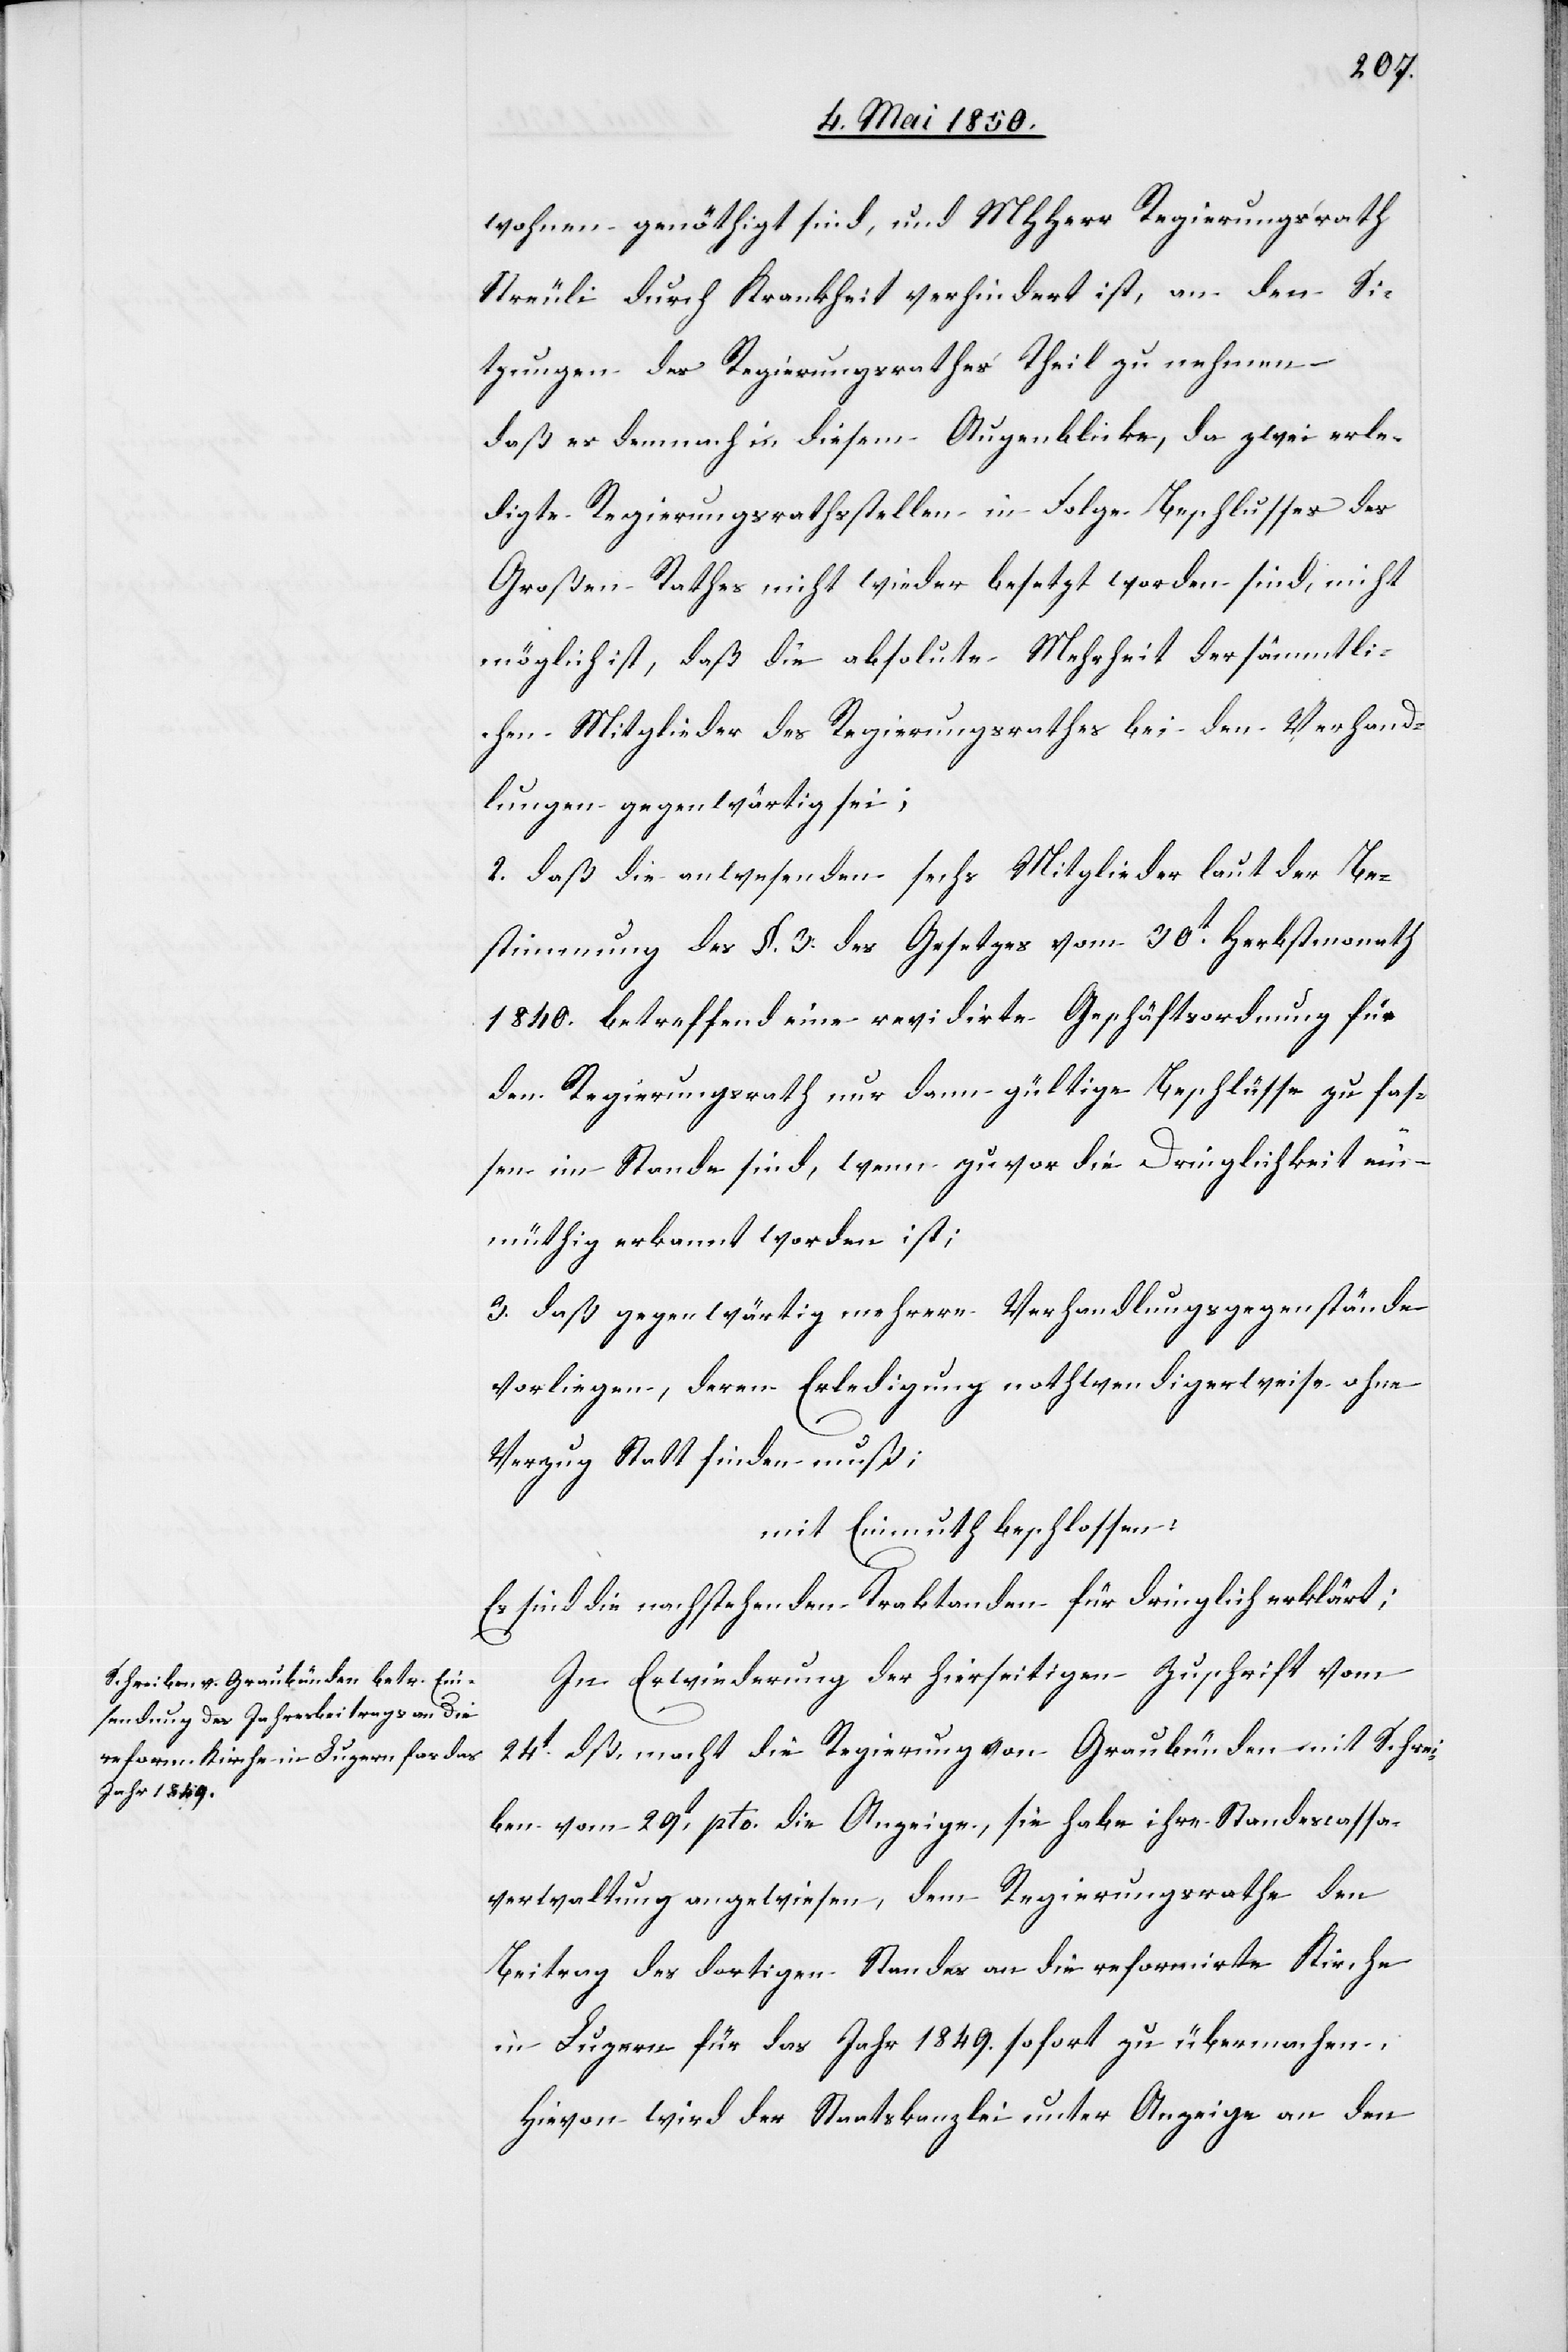
lungen
wohnen genöthigt sind, und MHHerr Regierungsrath
Streuli durch Krankheit verhindert ist, an den Si¬
tzungen des Regierungsrathes Theil zu nehmen,
daß es demnach in diesem Augenblicke, da zwei erle¬
digte Regierungsrathsstellen in Folge Beschlusses des
Großen Rathes nicht wieder besetzt worden sind, nicht
möglich ist, daß die absolute Mehrheit der sämmtli¬
chen Mitglieder des Regierungsrathes bei den Verhand¬
2. daß die anwesenden sechs Mitglieder laut der Be¬
stimmung des §. 3 des Gesetzes vom 30t Herbstmonat
1840. betreffend eine revidirte Geschäftsordnung für
den Regierungsrath nur dann gültige Beschlüsse zu fas¬
sen im Stande sind, wenn zuvor die Dringlichkeit ein¬
müthig erkannt worden ist.
3. daß gegenwärtig mehrere Verhandlungsgegenstände
vorliegen, deren Erledigung nothwendigerweise ohne
Verzug Statt finden muß;
mit Einmuth beschlossen:
Es sind die nachstehenden Traktanden für dringlich erklärt;
In Erwiederung der hierseitigen Zuschrift vom
24t dß. macht die Regierung von Graubünden mit Schrei¬
ben vom 29t pto. die Anzeige., sie habe ihre Standescassa¬
verwaltung angewiesen, dem Regierungsrathe den
Beitrag des dortigen Standes an die reformirte Kirche
in Luzern für das Jahr 1849. sofort zu übermachen,
Hievon wird der Staatskanzlei unter Anzeige an den